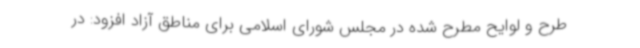
طرح و لوایح مطرح شده در مجلس شورای اسلامی برای مناطق آزاد افزود: در